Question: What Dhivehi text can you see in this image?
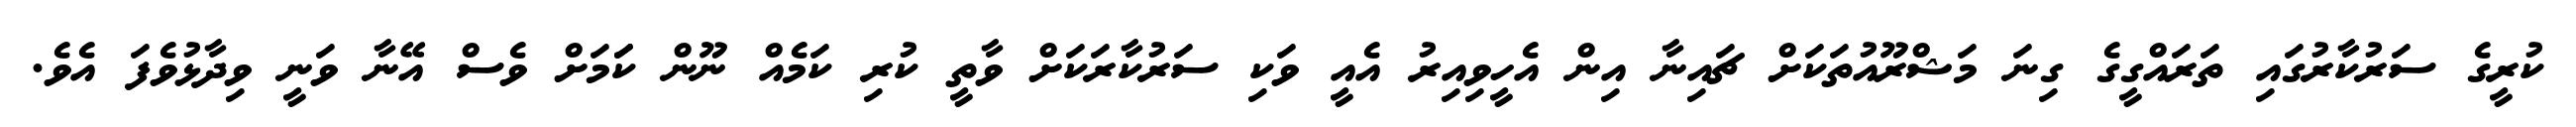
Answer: ކުރީގެ ސަރުކާރުގައި ތަރައްގީގެ ގިނަ މަޝްރޫއުތަކަށް ޗައިނާ އިން އެހީވިއިރު އެއީ ވަކި ސަރުކާރަކަށް ވާތީ ކުރި ކަމެއް ނޫން ކަަމަށް ވެސް އޭނާ ވަނީ ވިދާޅުވެފަ އެވެ.